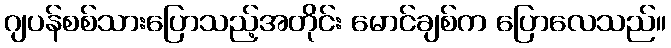
ဂျပန်စစ်သားပြောသည့်အတိုင်း မောင်ချစ်က ပြောလေသည်။